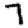
Digit: 7